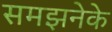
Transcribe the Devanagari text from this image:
समझनेके